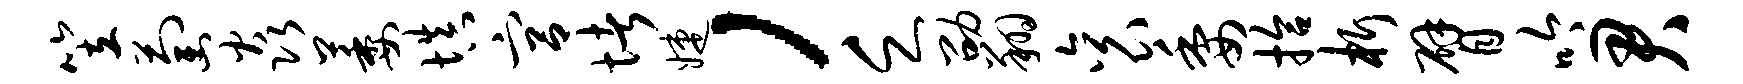
笠萄焱萎填宫堵婕，乏劭翔衮委拾析臂吟君